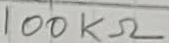
Text: 100KΩ